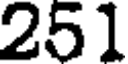
251